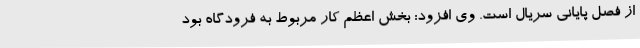
از فصل پایانی سریال است. وی افزود: بخش اعظم کار مربوط به فرودگاه بود